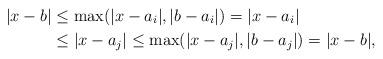
LaTeX: \begin{align*}\vert x-b\vert & \leq \max (\vert x-a_i\vert, \vert b-a_i\vert)=\vert x-a_i\vert \\ & \leq \vert x-a_j\vert \leq \max (\vert x-a_j\vert, \vert b-a_j\vert)=\vert x-b\vert,\end{align*}